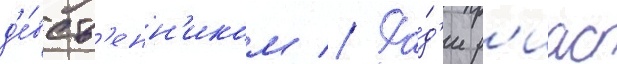
д'е́вств'енн'иком // Ра́д'и р'иас